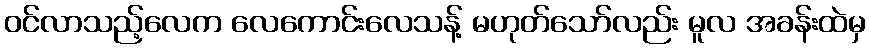
ဝင်လာသည့်လေက လေကောင်းလေသန့် မဟုတ်သော်လည်း မူလ အခန်းထဲမှ